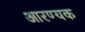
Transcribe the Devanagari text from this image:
आरण्‍यक